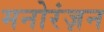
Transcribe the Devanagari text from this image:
मनोरंज़न